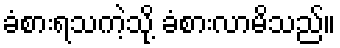
ခံစားရသကဲ့သို့ ခံစားလာမိသည်။